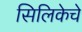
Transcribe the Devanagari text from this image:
सिलिकेचे